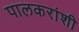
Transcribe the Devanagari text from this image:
पालकरांशी